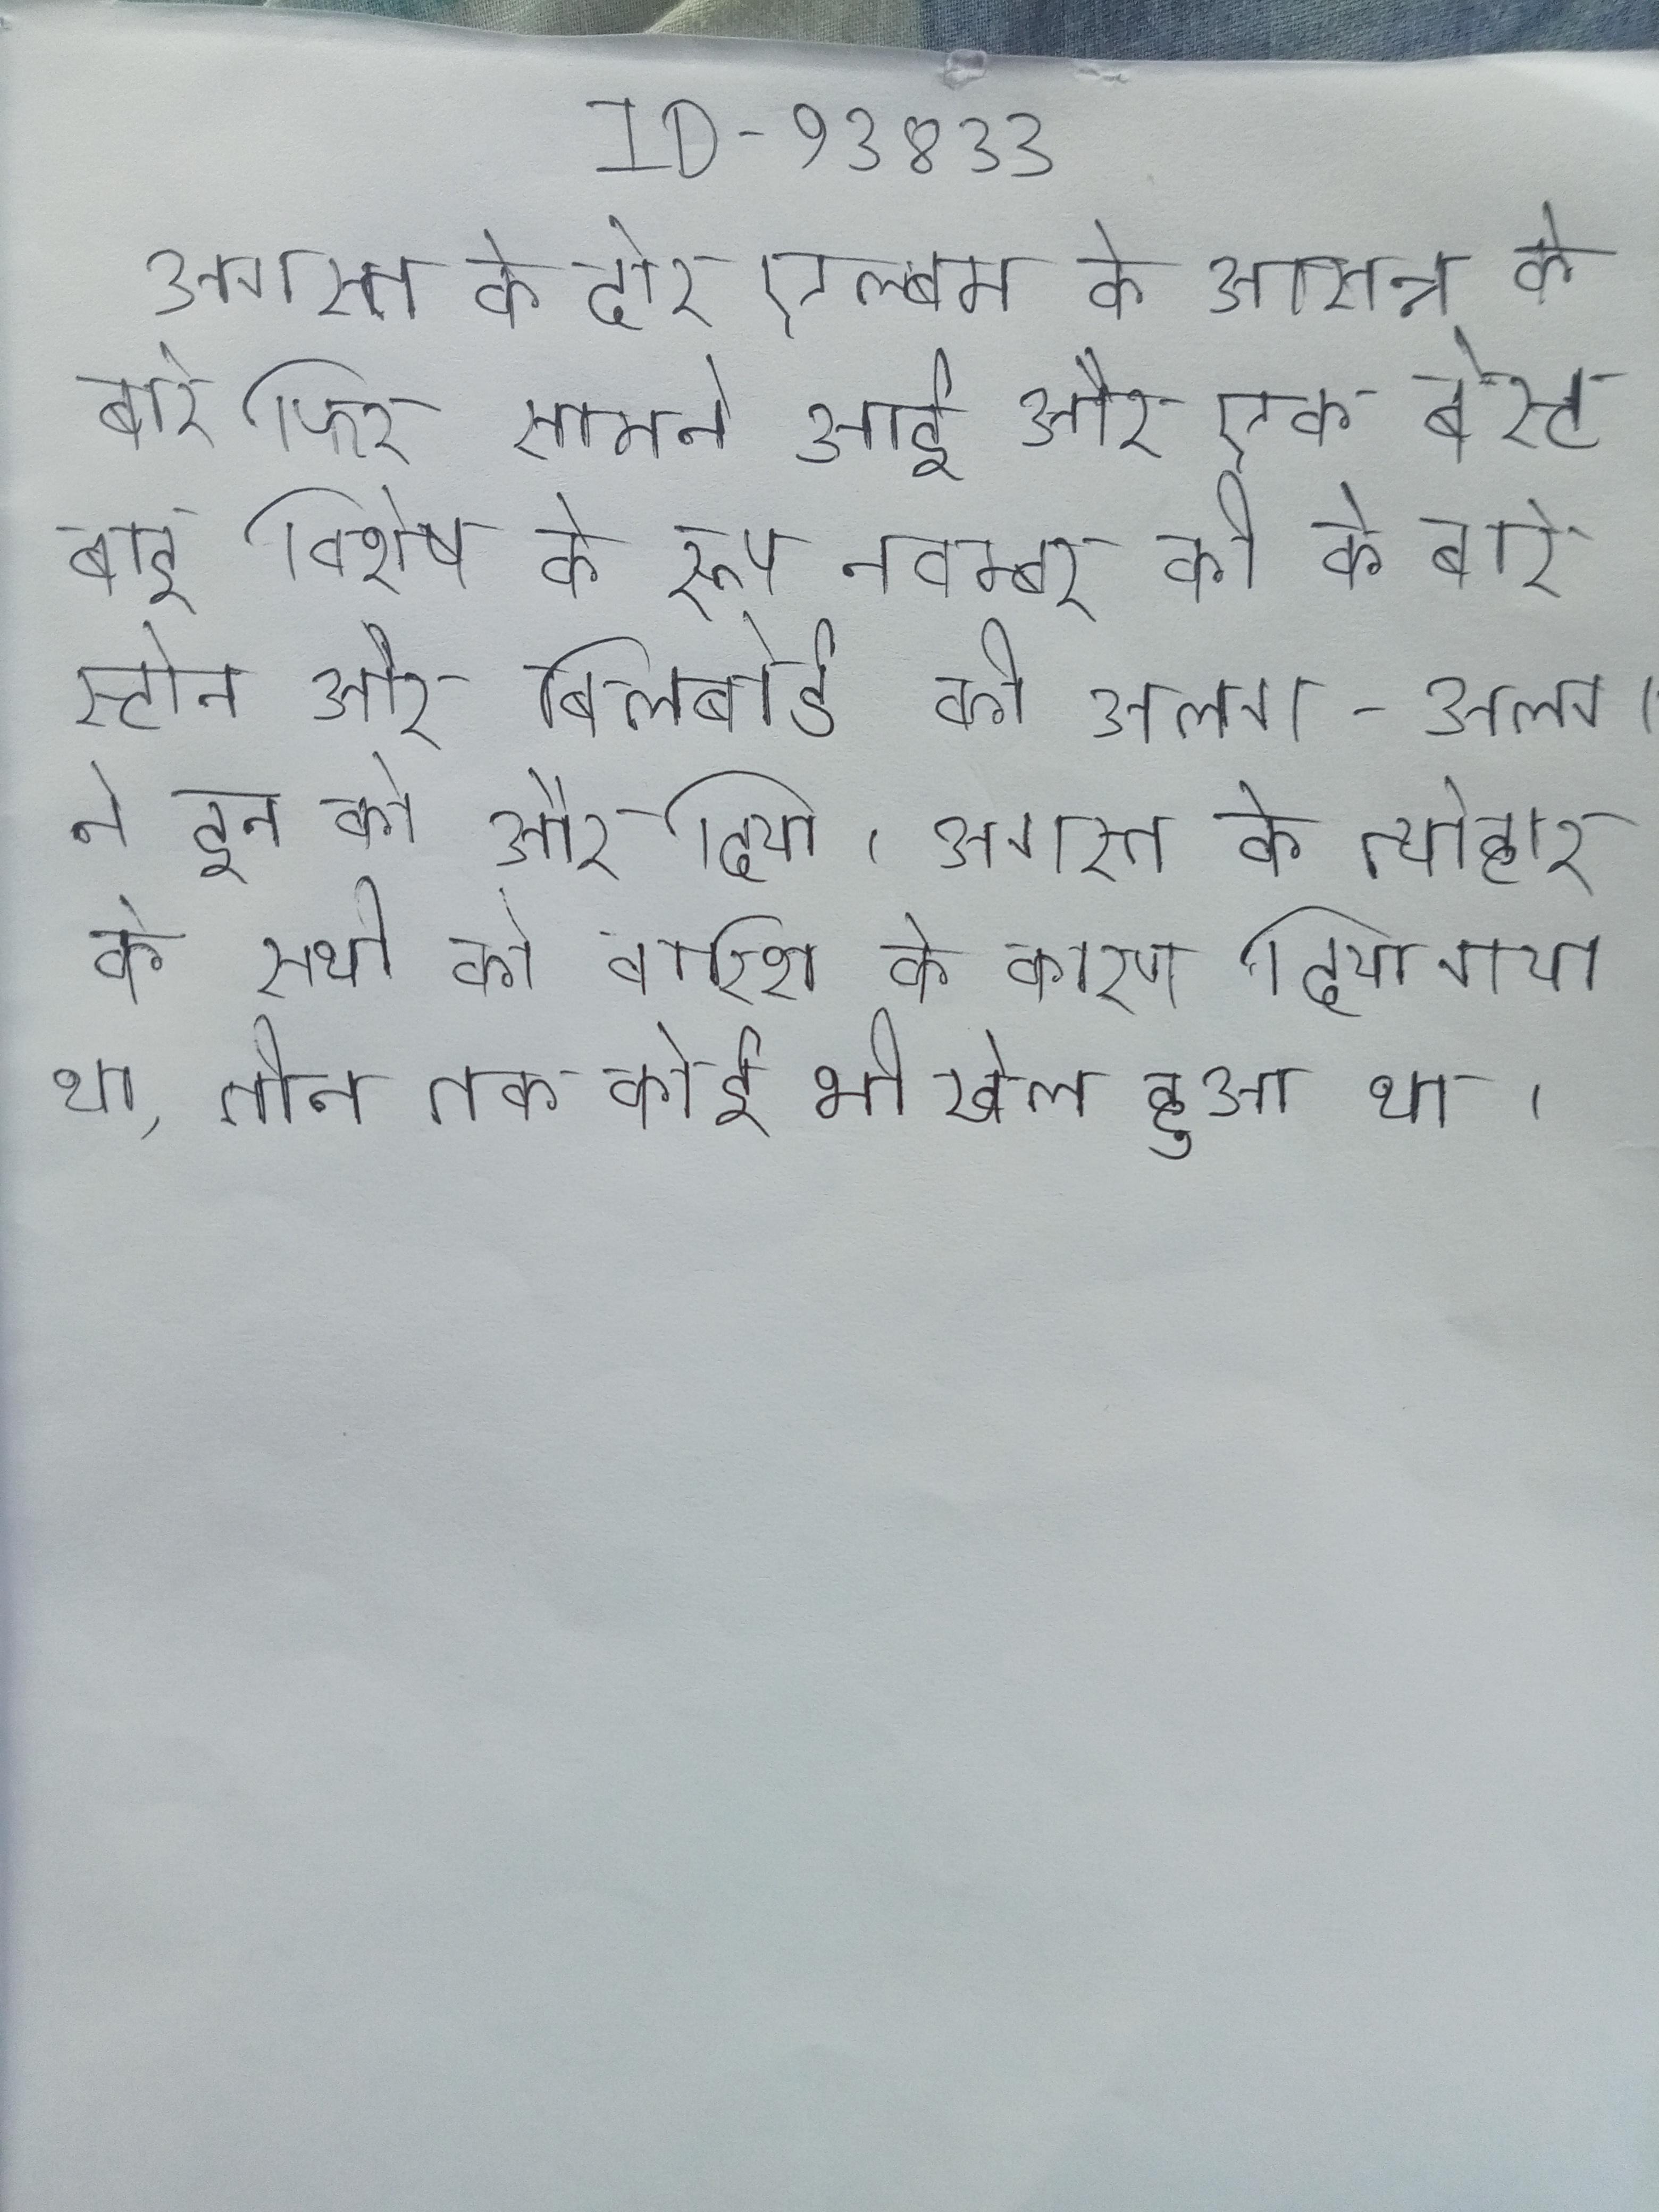
अगस्त के दौर एल्बम के आसन्न के बारे फिर सामने आई और एक बेस्ट बाइ विशेष के रूप नवम्बर की के बारे स्टोन और बिलबोर्ड की अलग-अलग ने इन को और दिया । अगस्त के त्योहार के सभी को बारिश के कारण दिया गया था, तीन तक कोई भी खेल हुआ था ।